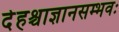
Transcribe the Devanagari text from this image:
देहश्चाज्ञानसम्भवः